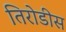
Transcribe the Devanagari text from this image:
तिरोडीस